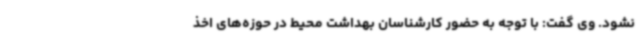
نشود. وی گفت: با توجه به حضور کارشناسان بهداشت محیط در حوزه‌های اخذ